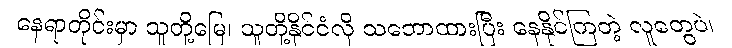
နေရာတိုင်းမှာ သူတို့မြေ၊ သူတို့နိုင်ငံလို သဘောထားပြီး နေနိုင်ကြတဲ့ လူတွေပဲ၊